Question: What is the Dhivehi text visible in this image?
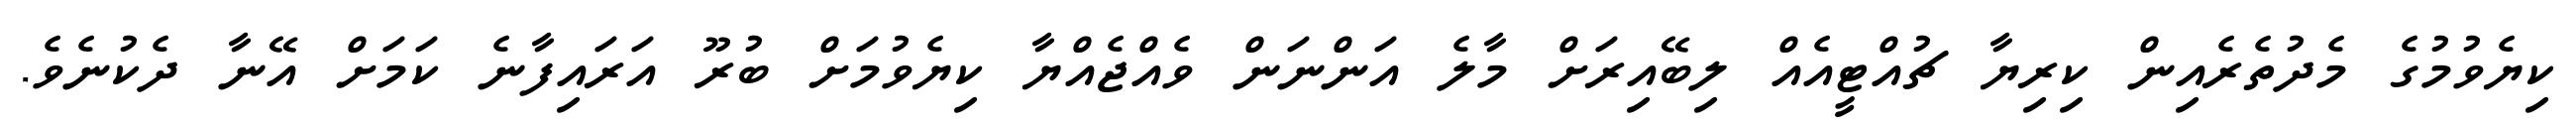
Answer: ކިޔެވުމުގެ މެދުތެރެއިން ކިރިޔާ ޗުއްޓީއެއް ލިބޭއިރަށް މާލެ އަންނަން ވެއްޖެއްޔާ ކިޔެވުމަށް ބުރޫ އަރައިފާނެ ކަމަށް އޭނާ ދެކުނެވެ.